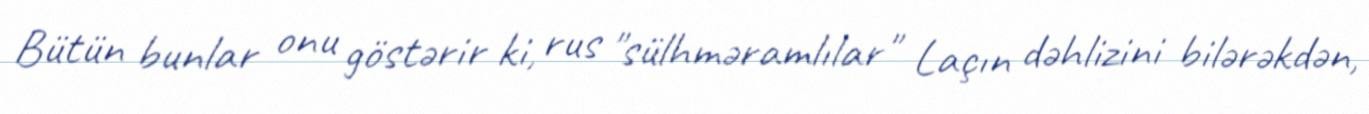
Bütün bunlar onu göstərir ki, rus "sülhməramlılar" Laçın dəhlizini bilərəkdən,